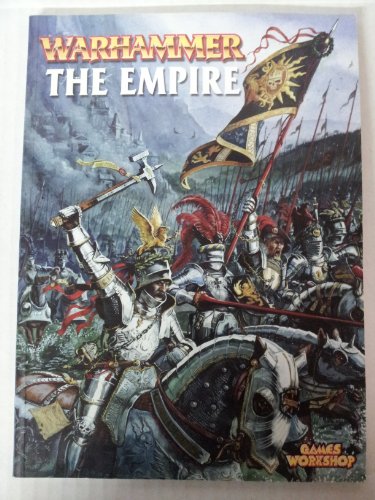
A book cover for Warhammer Armies: The Empire; Alessio Cavetore; Science Fiction & Fantasy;